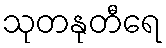
သုတနုတီရေ